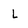
Character: L